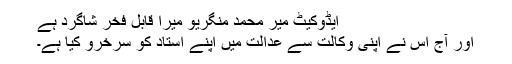
ایڈوکیٹ میر محمد منگریو میرا قابل فخر شاگرد ہے
اور آج اس نے اپنی وکالت سے عدالت میں اپنے استاد کو سرخرو کیا ہے۔